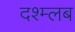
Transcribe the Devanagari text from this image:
दश्म्लब